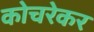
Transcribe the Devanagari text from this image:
कोचरेकर